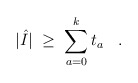
\begin{align*}|\hat{I}| \;\geq\; \sum_{a=0}^k t_a \;\;\; . \end{align*}